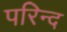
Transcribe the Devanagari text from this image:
परिन्द